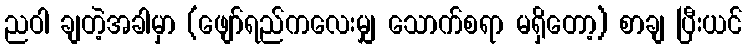
ညဝါ ချတဲ့အခါမှာ (ဖျော်ရည်ကလေးမျှ သောက်စရာ မရှိတော့) စာချ ပြီးယင်